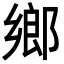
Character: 鄉